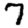
Digit: 7